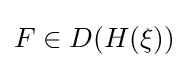
F\in D(H(\xi ))